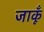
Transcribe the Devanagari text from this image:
जाकूँ